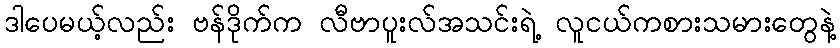
ဒါပေမယ့်လည်း ဗန်ဒိုက်က လီဗာပူးလ်အသင်းရဲ့ လူငယ်ကစားသမားတွေနဲ့